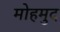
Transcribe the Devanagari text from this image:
मोहमुद